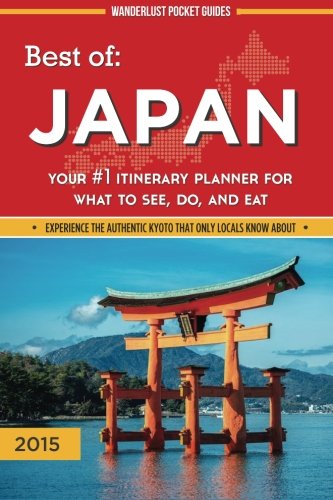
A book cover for Best of Japan: Your #1 Itinerary Planner for What to See, Do, and Eat in Japan (Wanderlust Pocket Guides - Japan) (Volume 1); Wanderlust Pocket Guides; Travel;